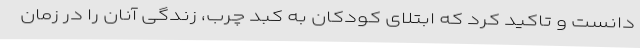
دانست و تاکید کرد که ابتلای کودکان به کبد چرب، زندگی آنان را در زمان